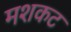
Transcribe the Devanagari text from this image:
मशकट